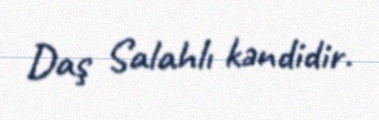
Daş Salahlı kəndidir.